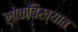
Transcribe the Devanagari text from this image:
लोकविख्यात